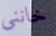
خانني